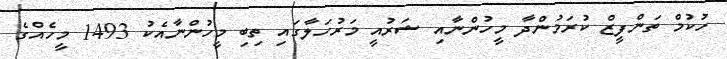
ހުކުމް ތަންފީޒް ކުރަމުންދާ މީހުންނާއި ޝަރުއީ މަރުހަލާގައި ތިބި މީހުންނާއެކު 1493 މީހެއްގެ